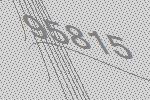
95815